system: You are a helpful assistant.
user:
Analyze the provided spectrum to determine if it is a **M-type Giant (gM)**.

A M-type Giant spectrum is defined by its **strong molecular absorption** features, particularly from **Titanium Oxide (TiO)**. You must check for one of the following mutually exclusive signatures:

- **Key Visual Indicators (Absorption-Dominated Spectrum):**

    - **(Primary):** The spectrum is dominated by strong molecular absorption from **Titanium Oxide (TiO)**. This is the **defining feature** of its M-type temperature class.
        - **(Key Bandheads):** Look for sharp, "saw-tooth" absorption valleys. The strongest are located near **~7050 Å**, **~6160 Å**, and **~5170 Å**.
        - **(Line Profile):** The "saw-tooth" morphology is critical: a **sharp, steep drop on the BLUE (short-wavelength) side** of the bandhead, followed by a gradual recovery (rising flux) towards the RED (long-wavelength) side.

    - **(Key Confirmation - Giant vs. Dwarf):** **ABSENCE** of strong **Calcium Hydride (CaH)** molecular bands. This is the primary diagnostic for *excluding* M-dwarfs.
        - **(Key Region):** The spectrum should lack the strong, broad absorption band seen in dwarfs between **~6800 Å and ~7000 Å**.

    - **(Secondary Confirmation - Giant):** A very strong and broad **Neutral Calcium (Ca I)** atomic absorption line.
        - **(Key Line):** Located at **~4226 Å**. In a giant (gM), this line is significantly deeper and broader than the same line in an M-dwarf (dM) due to low surface gravity.

    - **(Overall Spectrum):**
        - The continuum is **extremely red-sloping** (i.e., flux is very low in the blue and rises dramatically towards the red).
        - The entire spectrum appears "chopped up" by the deep TiO bands.

Think first, call **spectral_visualization_tool** if needed to examine features in detail, then provide your final answer. Your response must adhere to the following strict rules:
1.  **Overall Structure:** Your response must follow the format `<think>...</think> <tool_call>...</tool_call> (if a tool is used) <answer>...</answer>`.
2.  **Tool Usage Constraint:** You may only make **one** tool call per turn.
3.  **Final Answer Format:** In the `<answer>` tag, your conclusion must be inside a `\boxed{}` command (e.g., `\boxed{YES}` or `\boxed{NO}`), followed by your justification.

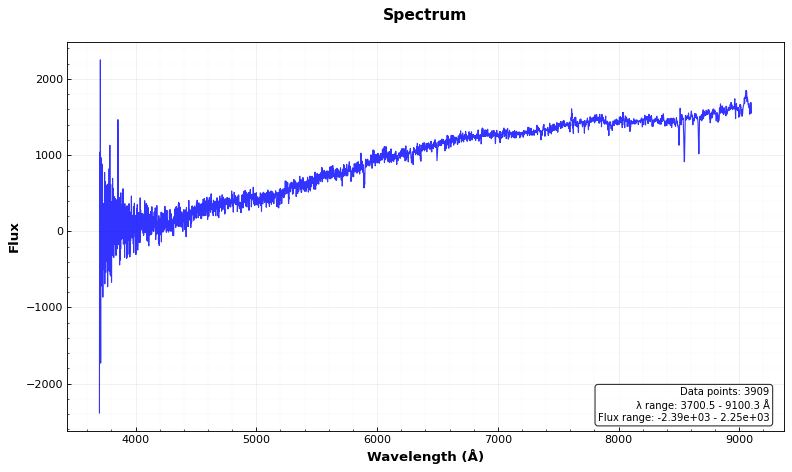
Answer: NO